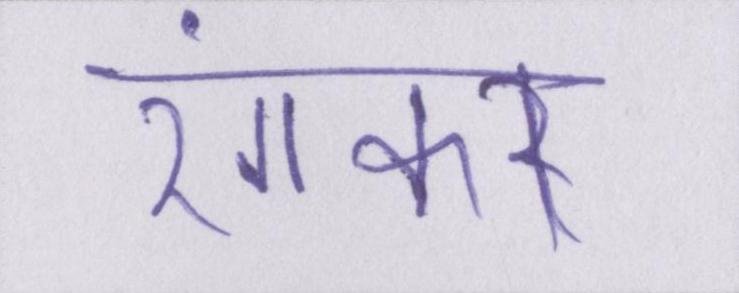
रंगकर